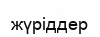
жүріддер